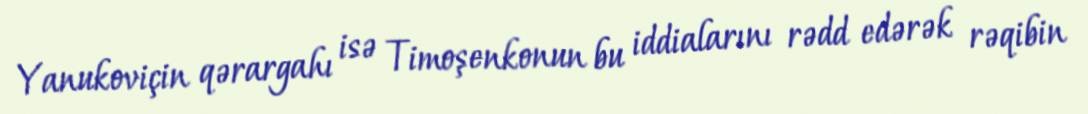
Yanukoviçin qərargahı isə Timoşenkonun bu iddialarını rədd edərək rəqibin